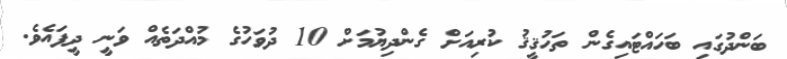
ބަންދުގައި ބަހައްޓައިގެން ތަހުޤީޤު ކުރިއަށް ގެންދިޔުމަށް 10 ދުވަހުގެ މުއްދަތެއް ވަނީ ދީފައެވެ.